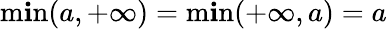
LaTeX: \operatorname*{m\mathbf{i}n}(a,+\infty)=\operatorname*{m\mathbf{i}n}(+\infty,a)=a